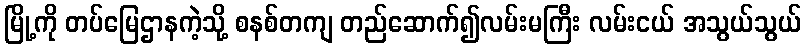
မြို့ကို တပ်မြေဌာနကဲ့သို့ စနစ်တကျ တည်ဆောက်၍လမ်းမကြီး လမ်းငယ် အသွယ်သွယ်